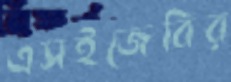
এসইজেবির